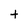
Character: t